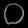
Digit: ၀